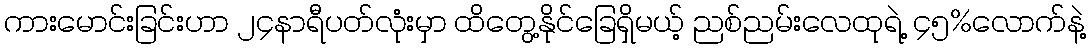
ကားမောင်းခြင်းဟာ ၂၄နာရီပတ်လုံးမှာ ထိတွေ့နိုင်ခြေရှိမယ့် ညစ်ညမ်းလေထုရဲ့ ၄၅%လောက်နဲ့